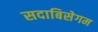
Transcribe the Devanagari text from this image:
सदाबिसेगम